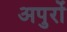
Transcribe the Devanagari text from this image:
अपुरों